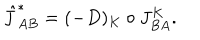
LaTeX: { \hat { J } } _ { A B } ^ { \ast } = ( - D ) _ { K } \circ J _ { B A } ^ { K } .